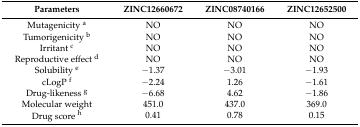
| Parameters | ZINC12660672 | ZINC08740166 | ZINC12652500 |
 | --- | --- | --- | --- |
 | Mutagenicity a | NO | NO | NO |
 | Tumorigenicity b | NO | NO | NO |
 | Irritant c | NO | NO | NO |
 | Reproductive effect d | NO | NO | NO |
 | Solubility e | −1.37 | −3.01 | −1.93 |
 | cLogP f | −2.24 | 1.26 | −1.61 |
 | Drug-likeness g | −6.68 | 4.62 | −1.86 |
 | Molecular weight | 451.0 | 437.0 | 369.0 |
 | Drug score h | 0.41 | 0.78 | 0.15 |